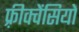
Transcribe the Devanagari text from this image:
फ़्रीक्वेंसियों